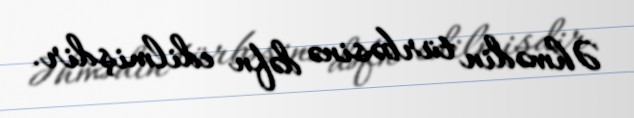
Əhmədin türbəsinə dəfn edilmişdir.